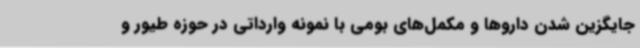
جایگزین شدن داروها و مکمل‌های بومی با نمونه وارداتی در حوزه طیور و